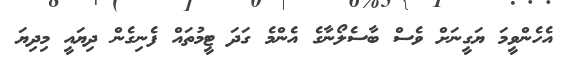
އެހެންވީމަ ޔަގީނަށް ވެސް ބާސެލޯނާގެ އެންމެ ގަދަ ޓީމުތައް ފެނިގެން ދިޔައީ މިދިޔަ